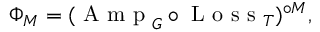
\Phi _ { M } = ( \mathrm { ~ A ~ m ~ p ~ } _ { G } \circ \mathrm { ~ L ~ o ~ s ~ s ~ } _ { T } ) ^ { \circ M } ,